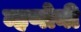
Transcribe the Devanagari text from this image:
म्हणोनी